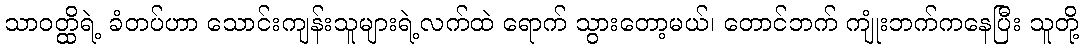
သာဝတ္ထိရဲ့ ခံတပ်ဟာ သောင်းကျန်းသူများရဲ့လက်ထဲ ရောက် သွားတော့မယ်၊ တောင်ဘက် ကျုံးဘက်ကနေပြီး သူတို့